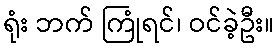
ရုံး ဘက် ကြုံရင်၊ ဝင်ခဲ့ဦး။